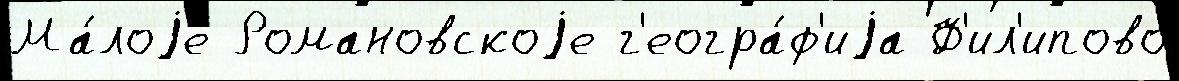
Ма́лоjе Романовскоjе г'еогра́ф'иjа Ф'ил'ипово